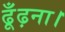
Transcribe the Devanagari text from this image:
ढूँढ़ना।